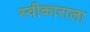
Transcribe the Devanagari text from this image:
स्वीकाराला